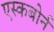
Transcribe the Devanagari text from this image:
एस्कबोर्न